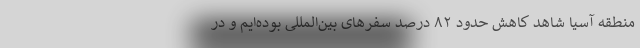
منطقه آسیا شاهد کاهش حدود ۸۲ درصد سفرهای بین‌المللی بوده‌ایم و در